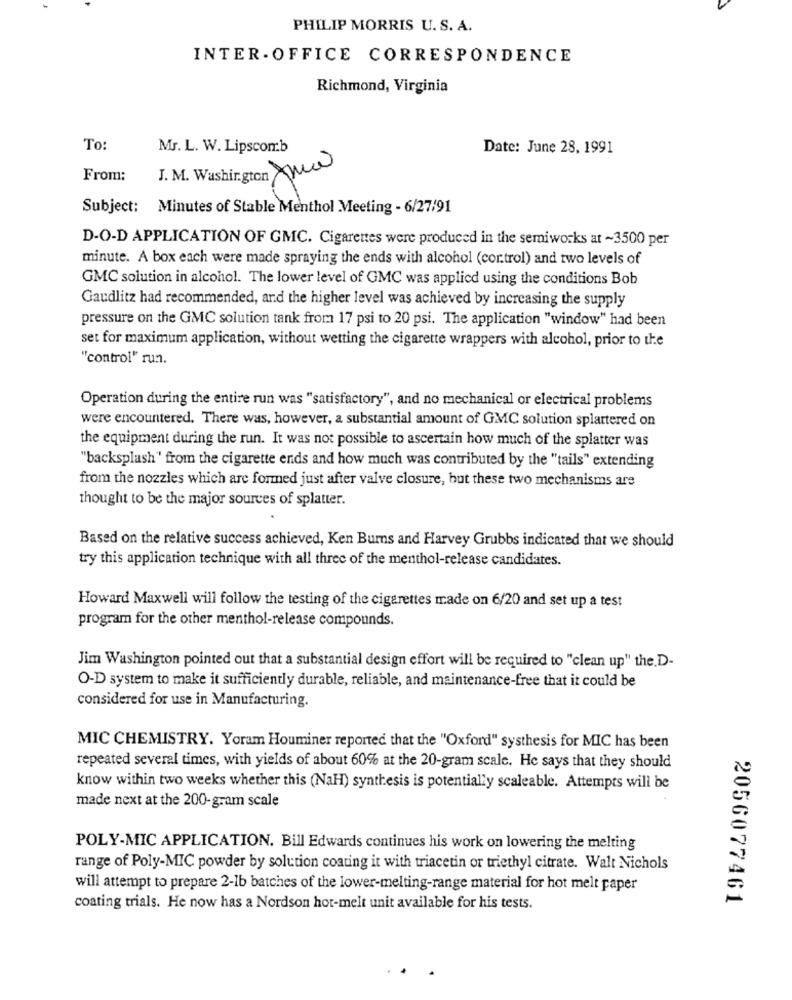
PHILIP MORRIS U. S. A.
INTER-OFFICE CORRESPONDENCE
Richmond, Virginia
To:
Mr. L. W. Lipscomb
Date: June 28, 1991
From;
J. M. Washington Am
Subject: Minutes of Stable Menthol Meeting - 6/27/91
D-O-D APPLICATION OF GMC. Cigarettes were produced in the semiworks at ~3500 per
minute. A box each were made spraying the ends with alcohol (cor.trol) and two levels of
GMC solution in alcohol. The lower level of GMC was applied using the conditions Bob
Gaudlitz had recommended, and the higher level was achieved by increasing the supply
pressure on the GMC solution tank from 17 psi to 20 psi. The application "window" had been
set for maximum application, without wetting the cigarette wrappers with alcohol, prior to the
"control" run.
Operation during the entire run was "satisfactory", and no mechanical or electrical problems
were encountered. There was, however, a substantial amount of GMC solution splattered on
the equipment during the run. It was not possible to ascertain how much of the splatter was
"backsplash" from the cigarette ends and how much was contributed by the "tails" extending
from the nozzles which are formed just after valve closure, but these two mechanisms are
thought to be the major sources of splatter.
Based on the relative success achieved, Ken Burns and Harvey Grubbs indicated that we should
try this application technique with all three of the menthol-release candidates.
Howard Maxwell will follow the testing of the cigarettes made on 6/20 and set up a test
program for the other menthol-release compounds.
Jim Washington pointed out that a substantial design effort will be required to "clean up" the.D-
O-D system to make it sufficiently durable, reliable, and maintenance-free that it could be
considered for use in Manufacturing.
MIC CHEMISTRY. Yoram Houminer reported that the "Oxford" systhesis for MIC has been
repeated several times, with yields of about 60% at the 20-gram scale. He says that they should
know within two weeks whether this (NaH) synthesis is potentially scaleable. Attempts will be
made next at the 200-gram scale
POLY-MIC APPLICATION. Bill Edwards continues his work on lowering the melting
range of Poly-MIC powder by solution coating it with triacetin or triethyl citrate. Walt Nichols
will attempt to prepare 2-1b batches of the lower-melting-range material for hot melt paper
2056077461
coating trials. He now has a Nordson hot-melt unit available for his tests.